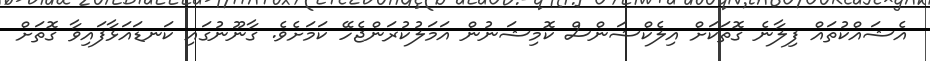
އެޝައްކުތައް ފިލާނެ ގޮތަކަށް އިލެކްޝަންސް ކޮމިޝަނުން އަމަލުކުރަންޖެހޭ ކަމަށެވެ. ގާނޫނުގައި ކަނޑައަޅާފައިވާ ގޮތަށް